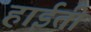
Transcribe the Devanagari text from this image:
हाईती